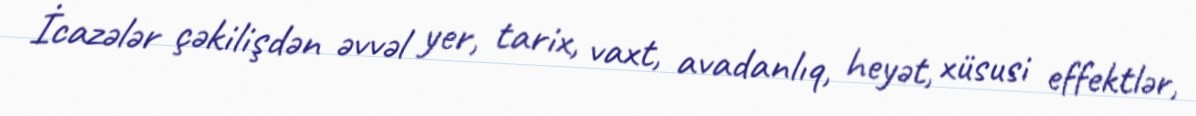
İcazələr çəkilişdən əvvəl yer, tarix, vaxt, avadanlıq, heyət, xüsusi effektlər,